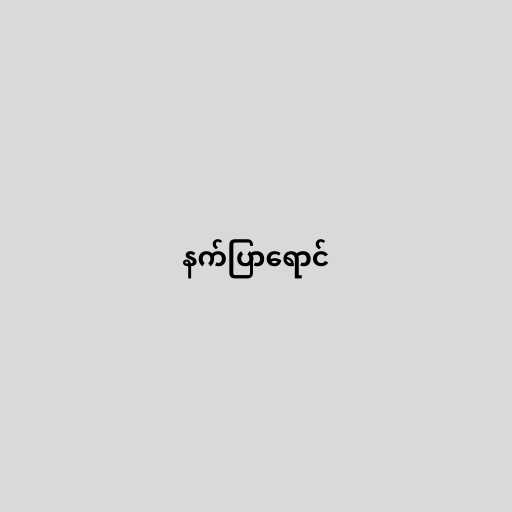
နက်ပြာရောင်